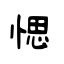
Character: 愢